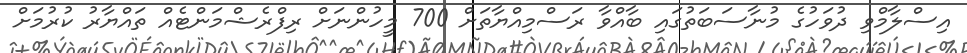
އިސްލާމްވި ދުވަހުގެ މުނާސަބަތުގައި ބާއްވާ ރަސްމިއްޔާތަށް 700 މީހުންނަށް ރިފްރެޝްމަންޓެއް ތައްޔާރު ކުރުމަށް